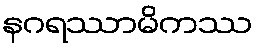
နဂရဿာမိကဿ